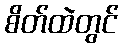
စိတ်ထဲတွင်